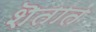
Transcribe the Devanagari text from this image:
शॆतात